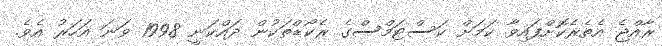
ރާއްޖެ އެތެރެކޮށްފައިވާ ކަމަށް ކަސްޓަމްސްގެ ރެކޯޑްތަކުން ދައްކަނީ 1998 ވަނަ އަހަރު އެވެ.